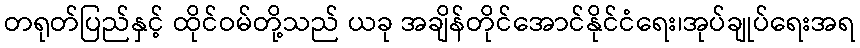
တရုတ်ပြည်နှင့် ထိုင်ဝမ်တို့သည် ယခု အချိန်တိုင်အောင်နိုင်ငံရေး၊အုပ်ချုပ်ရေးအရ